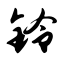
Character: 铃